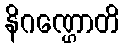
နိဂဏ္ဌောတိ